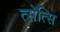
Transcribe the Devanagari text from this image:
त्सेत्सि